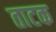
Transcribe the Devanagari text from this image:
ताटक